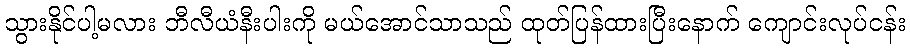
သွားနိုင်ပါ့မလား ဘီလီယံနီးပါးကို မယ်အောင်သာသည် ထုတ်ပြန်ထားပြီးနောက် ကျောင်းလုပ်ငန်း